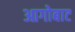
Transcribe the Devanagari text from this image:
आगोबाट